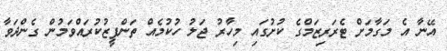
އޭނާ އެ މަގާމަށް ޓެރަރިޒަމްގެ ކުށުގައި މިހާރު ޖަލު ހުކުމެއް ތަންފީޒުކުރައްވަމުން ގެންދަވާ